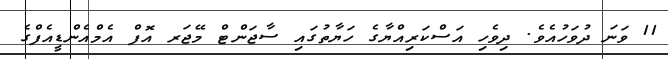
11 ވަނަ ދުވަހުއެވެ. ދިވެހި އަސްކަރިއްޔާގެ ހަޔާތުގައި ސާޖަންޓް މޭޖަރ އޮފް އެމްއެންޑީއެފްގެ